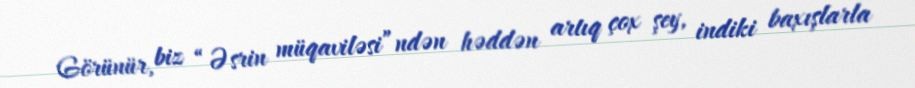
Görünür, biz “Əsrin müqaviləsi”ndən həddən artıq çox şey, indiki baxışlarla